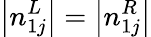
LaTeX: \left|n_{1j}^{L}\right|=\left|n_{1j}^{R}\right|